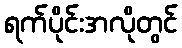
ရက်ပိုင်းအလိုတွင်